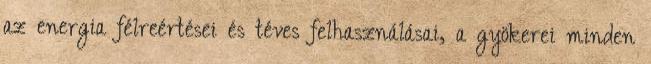
az energia félreértései és téves felhasználásai, a gyökerei minden